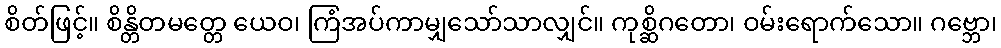
စိတ်ဖြင့်။ စိန္တိတမတ္တေ ယေဝ၊ ကြံအပ်ကာမျှသော်သာလျှင်။ ကုစ္ဆိဂတော၊ ဝမ်းရောက်သော။ ဂဗ္ဘော၊